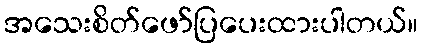
အသေးစိတ်ဖော်ပြပေးထားပါတယ်။